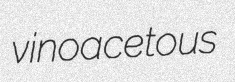
vinoacetous